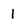
Character: 1